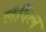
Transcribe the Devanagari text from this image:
लेविल्न